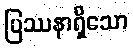
ပြဿနာရှိသော